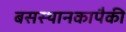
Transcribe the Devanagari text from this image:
बसस्थानकापैकी